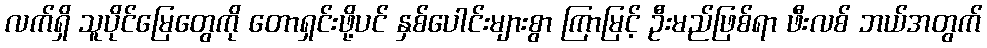
လက်ရှိ သူပိုင်မြေတွေကို တောရှင်းဖို့ပင် နှစ်ပေါင်းများစွာ ကြာမြင့် ဦးမည်ဖြစ်ရာ ဖီးလစ် ဘယ်အတွက်